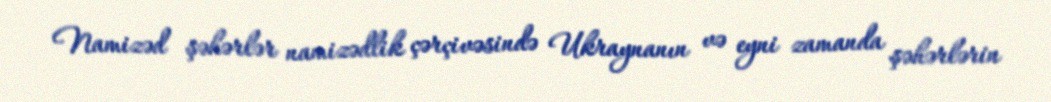
Namizəd şəhərlər namizədlik çərçivəsində Ukraynanın və eyni zamanda şəhərlərin